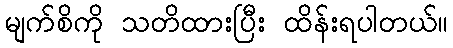
မျက်စိကို သတိထားပြီး ထိန်းရပါတယ်။